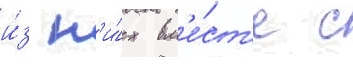
и́з н'и́х вм'е́ст'е с